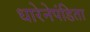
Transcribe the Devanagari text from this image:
धारेनेपंडिता